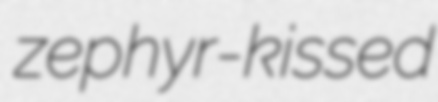
zephyr-kissed